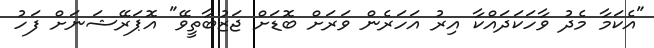
"އެކަމާ މެދު ވާހަކަދައްކާ އިރު އަހަރެން ވަރަށް ބޮޑަށް ޖަޒުބާތީވޭ" އޮޕަރޭޝަނަށް ފަހު